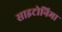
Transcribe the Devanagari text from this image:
साइटोनिमा